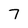
Character: 7